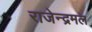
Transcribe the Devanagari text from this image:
राजेन्द्रमल